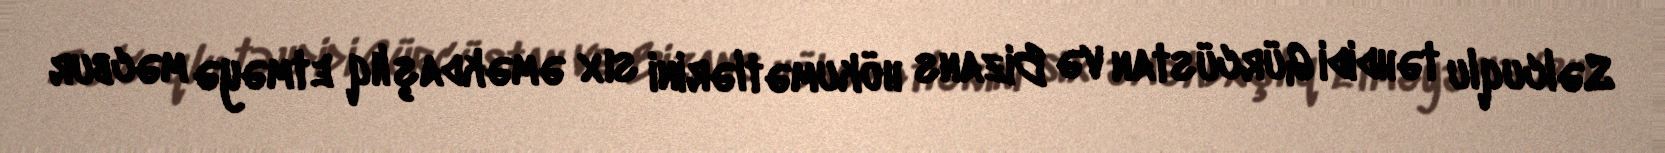
Səlcuqlu təhdidi Gürcüstan və Bizans hökumətlərini sıx əməkdaşlıq etməyə məcbur